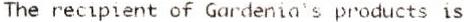
THE RECIPIENT OF GARDENIA'S PRODUCTS IS